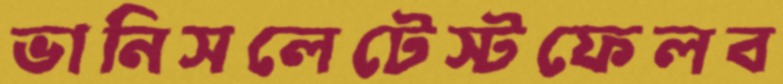
ভানিসলেটেস্টফেলব